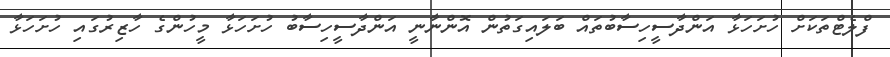
ފްލެޓްތަކަށް ހުށަހަޅާ އަންދާސީހިސާބުތައް ބަލައިގަތުން އޮންނާނީ އަންދާސީހިސާބު ހުށަހަޅާ މީހުންގެ ހާޒިރުގައި ހުށަހަޅާ